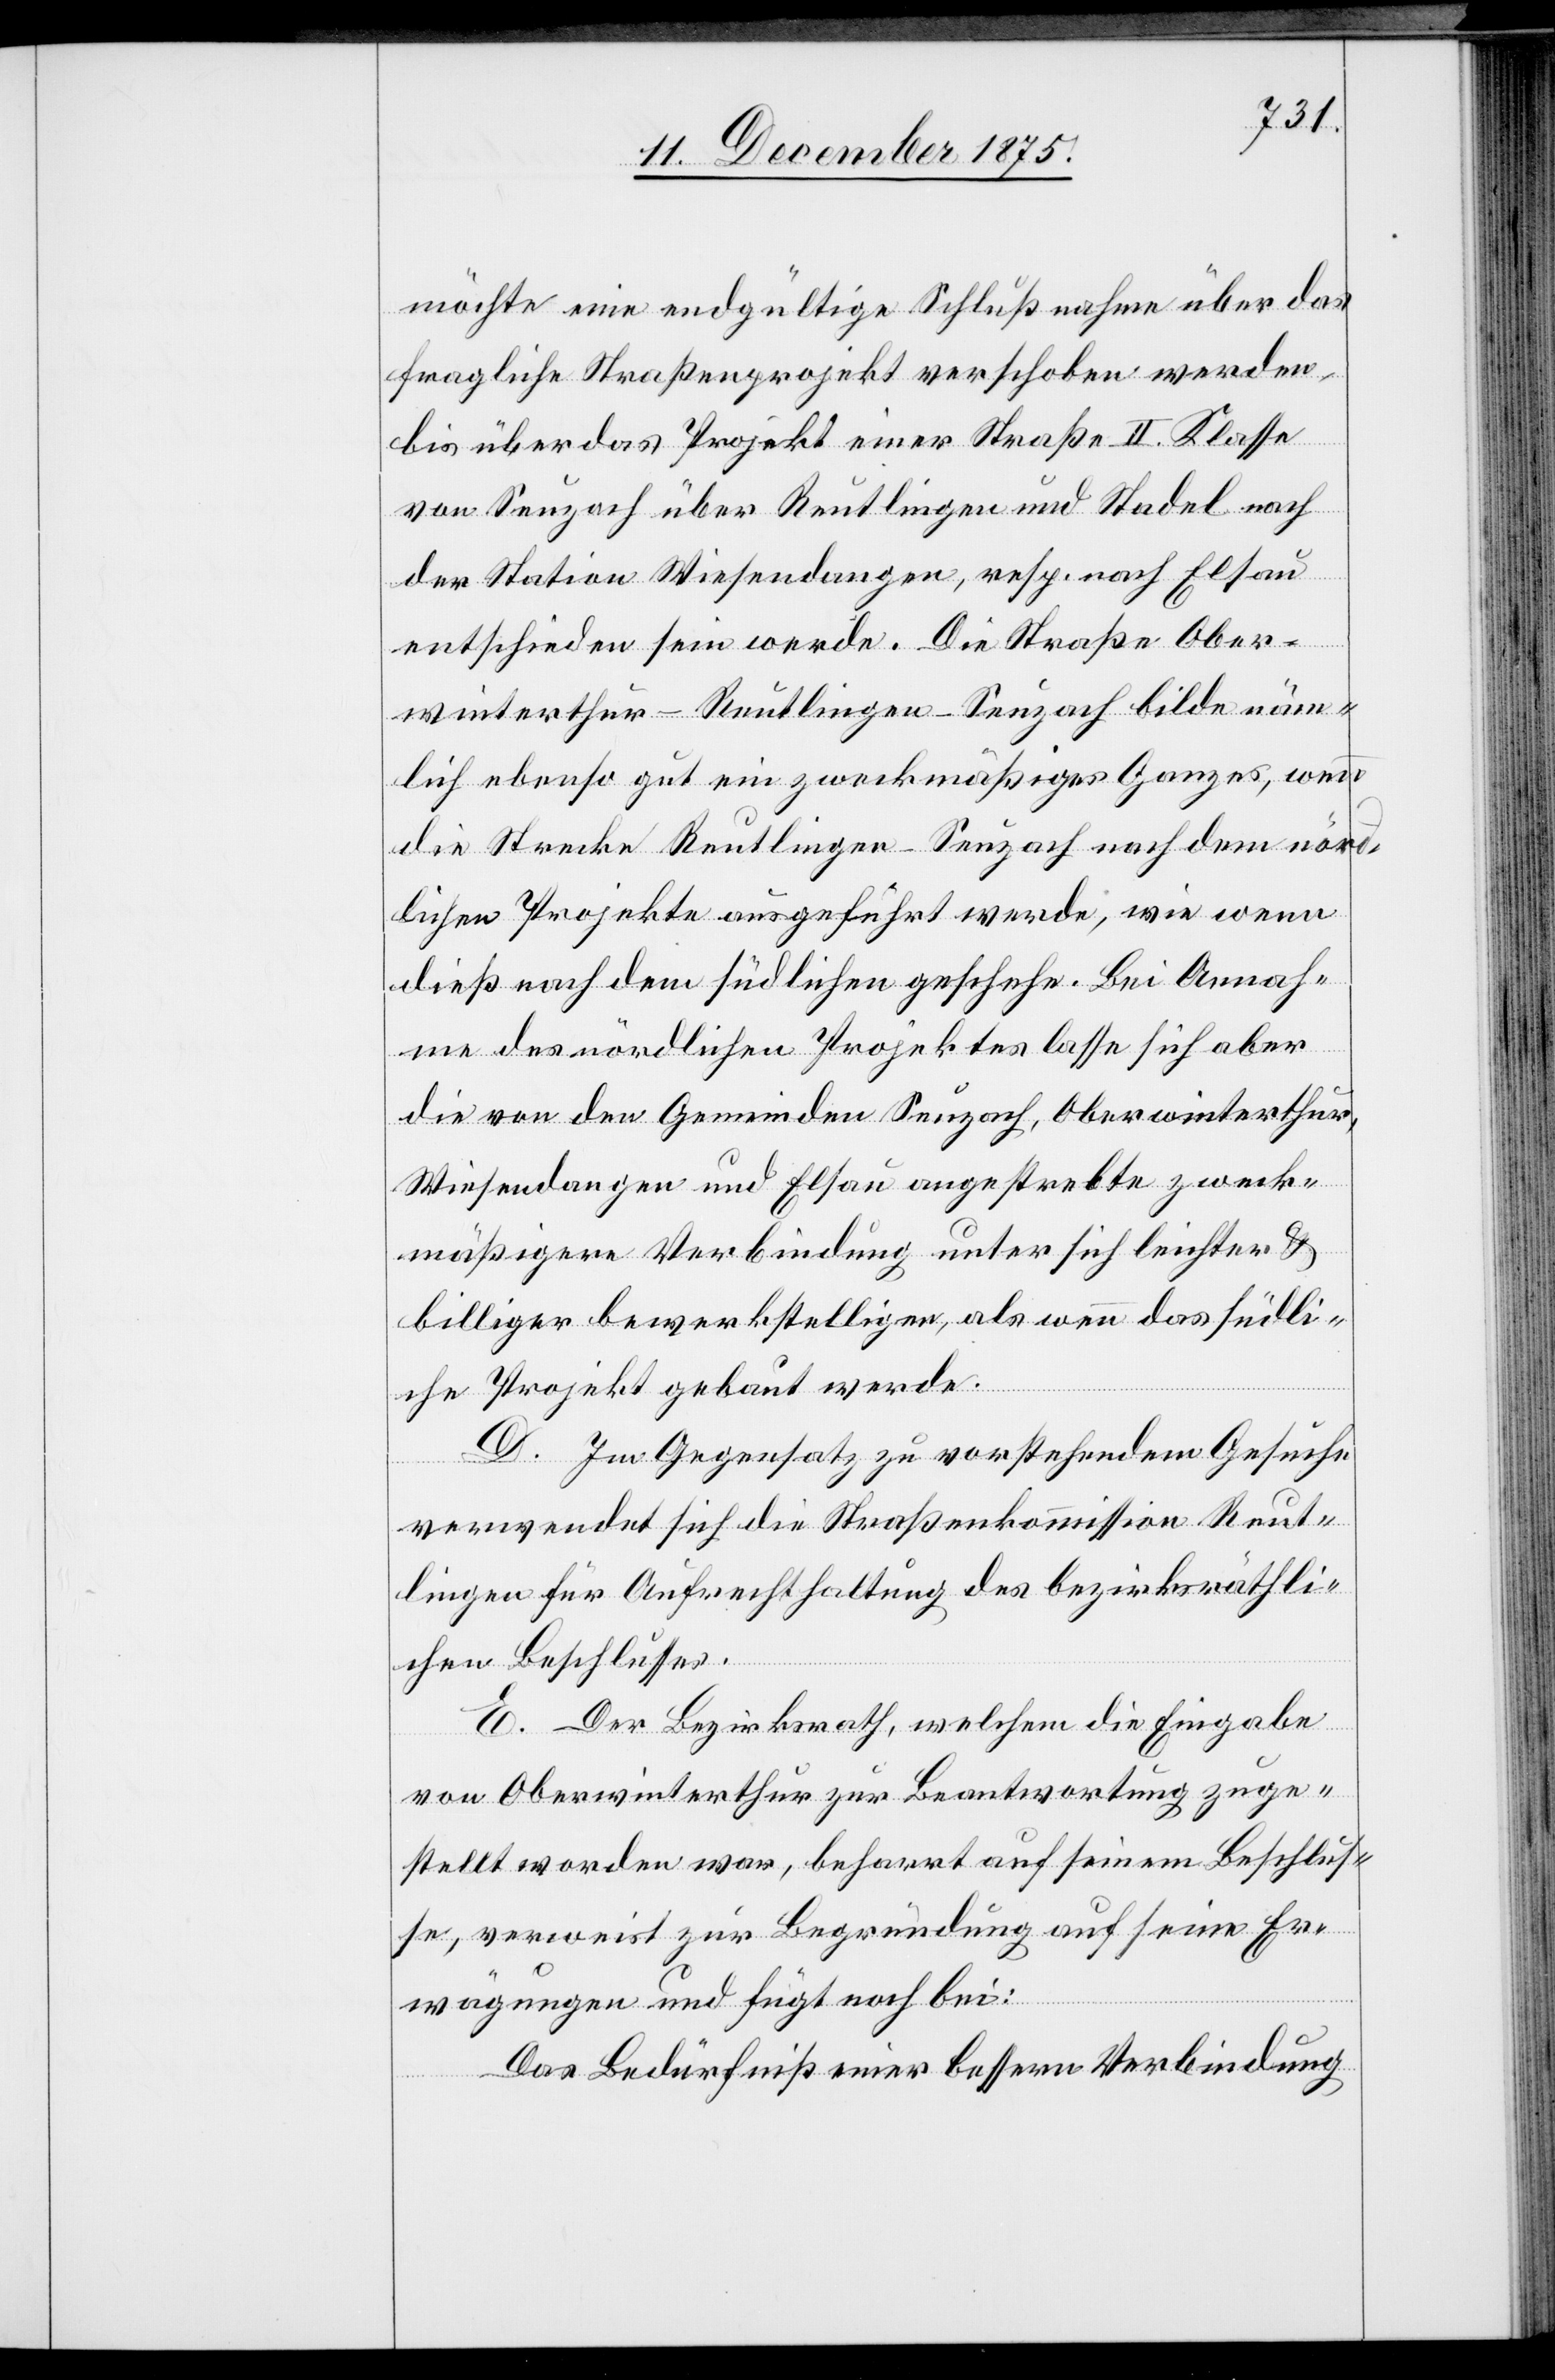
möchte eine endgültige Schlußnahme über das
fragliche Straßenprojekt verschoben werden
bis über das Projekt einer Straße II. Klasse
von Seuzach über Reutlingen und Stadel nach
der Station Wiesendangen, resp. nach Elsau
entschieden sein werde. Die Straße Ober¬
winterthur–Reutlingen–Seuzach bilde näm¬
lich ebenso gut ein zweckmässiges Ganzes, wenn
die Strecke Reutlingen–Seuzach nach dem nörd¬
lichen Projekte ausgeführt werde, wie wenn
dies nach dem südlichen geschehe. Bei Annah¬
me des nördlichen Projektes lasse sich aber
die von den Gemeinden Seuzach, Oberwinterthur,
Wiesendangen und Elsau angestrebte zweck¬
mäßigere Verbindung unter sich leichter &
billiger bewerkstelligen, als wenn das südli¬
che Projekt gebaut werde.
D. Im Gegensatz zu vorstehendem Gesuche
verwendet sich die Straßenkommission Reut¬
lingen für Aufrechthaltung des bezirksräthli¬
chen Beschlusses.
E. Der Bezirksrath, welchem die Eingabe
von Oberwinterthur zur Beantwortung zuge¬
stellt worden war beharrt auf seinem Beschlus¬
se, verweist zur Begründung auf seine Er¬
wägungen und fügt noch bei:
Das Bedürfniß einer bessern Verbindung